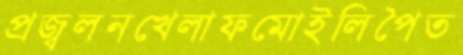
প্রজ্বলনখেলাফমোইলিপৈত